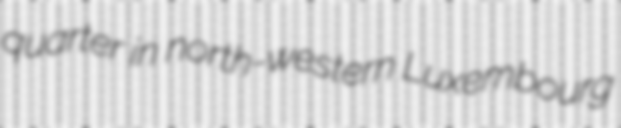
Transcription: quarter in north-western Luxembourg